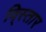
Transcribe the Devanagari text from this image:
वि्स्तार